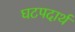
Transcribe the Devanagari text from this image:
घटपदार्थ